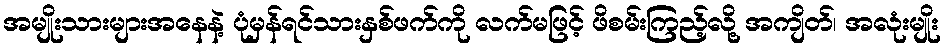
အမျိုးသားများအနေနဲ့ ပုံမှန်ရင်သားနှစ်ဖက်ကို လက်မဖြင့် ဖိစမ်းကြည့်လို့ အကျိတ်၊ အလုံးမျိုး